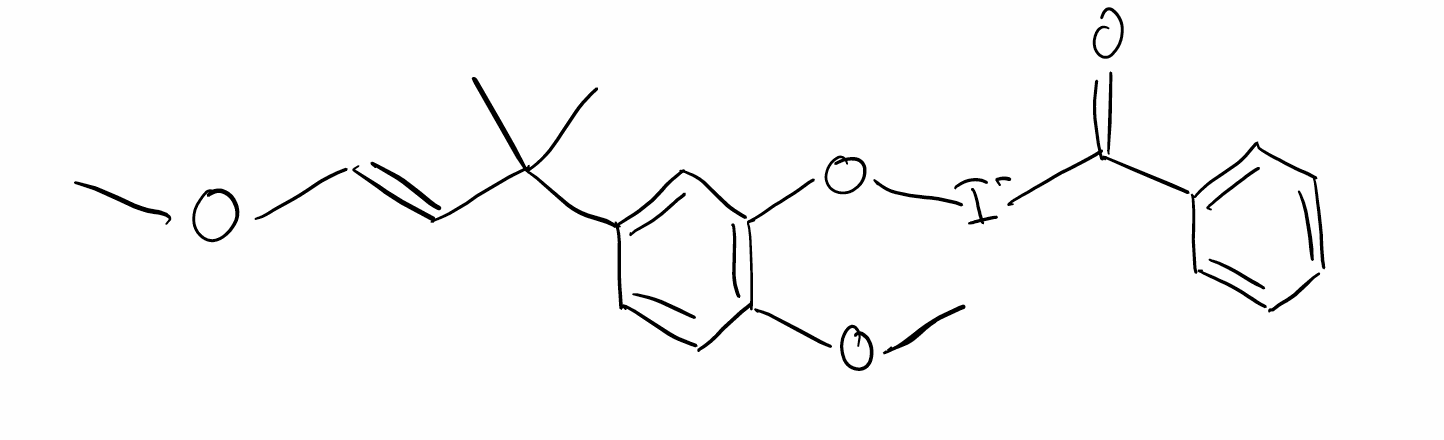
Simplified molecular-input line-entry system (SMILES) notation of the given molecule:
CC(C)(/C=C/OC)C1=CC(=C(C=C1)OC)O[I-]C(=O)C2=CC=CC=C2